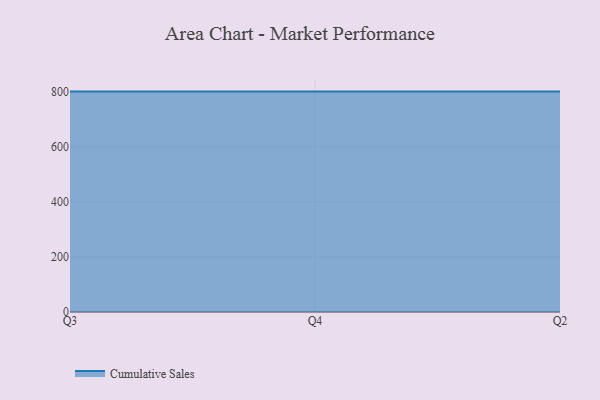
{"axis": {"x": "Quarter", "y": "Satisfaction Score"}, "legend": ["Cumulative Sales"], "data": [{"x": "Q3", "y": 800, "type": "Cumulative Sales"}, {"x": "Q4", "y": 800, "type": "Cumulative Sales"}, {"x": "Q2", "y": 800, "type": "Cumulative Sales"}]}